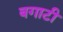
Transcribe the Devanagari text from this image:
बगाटी